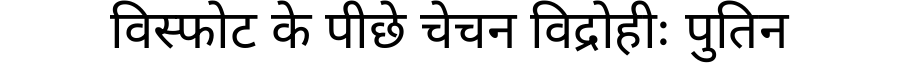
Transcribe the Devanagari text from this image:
विस्फोट के पीछे चेचन विद्रोहीः पुतिन